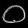
Digit: ၀